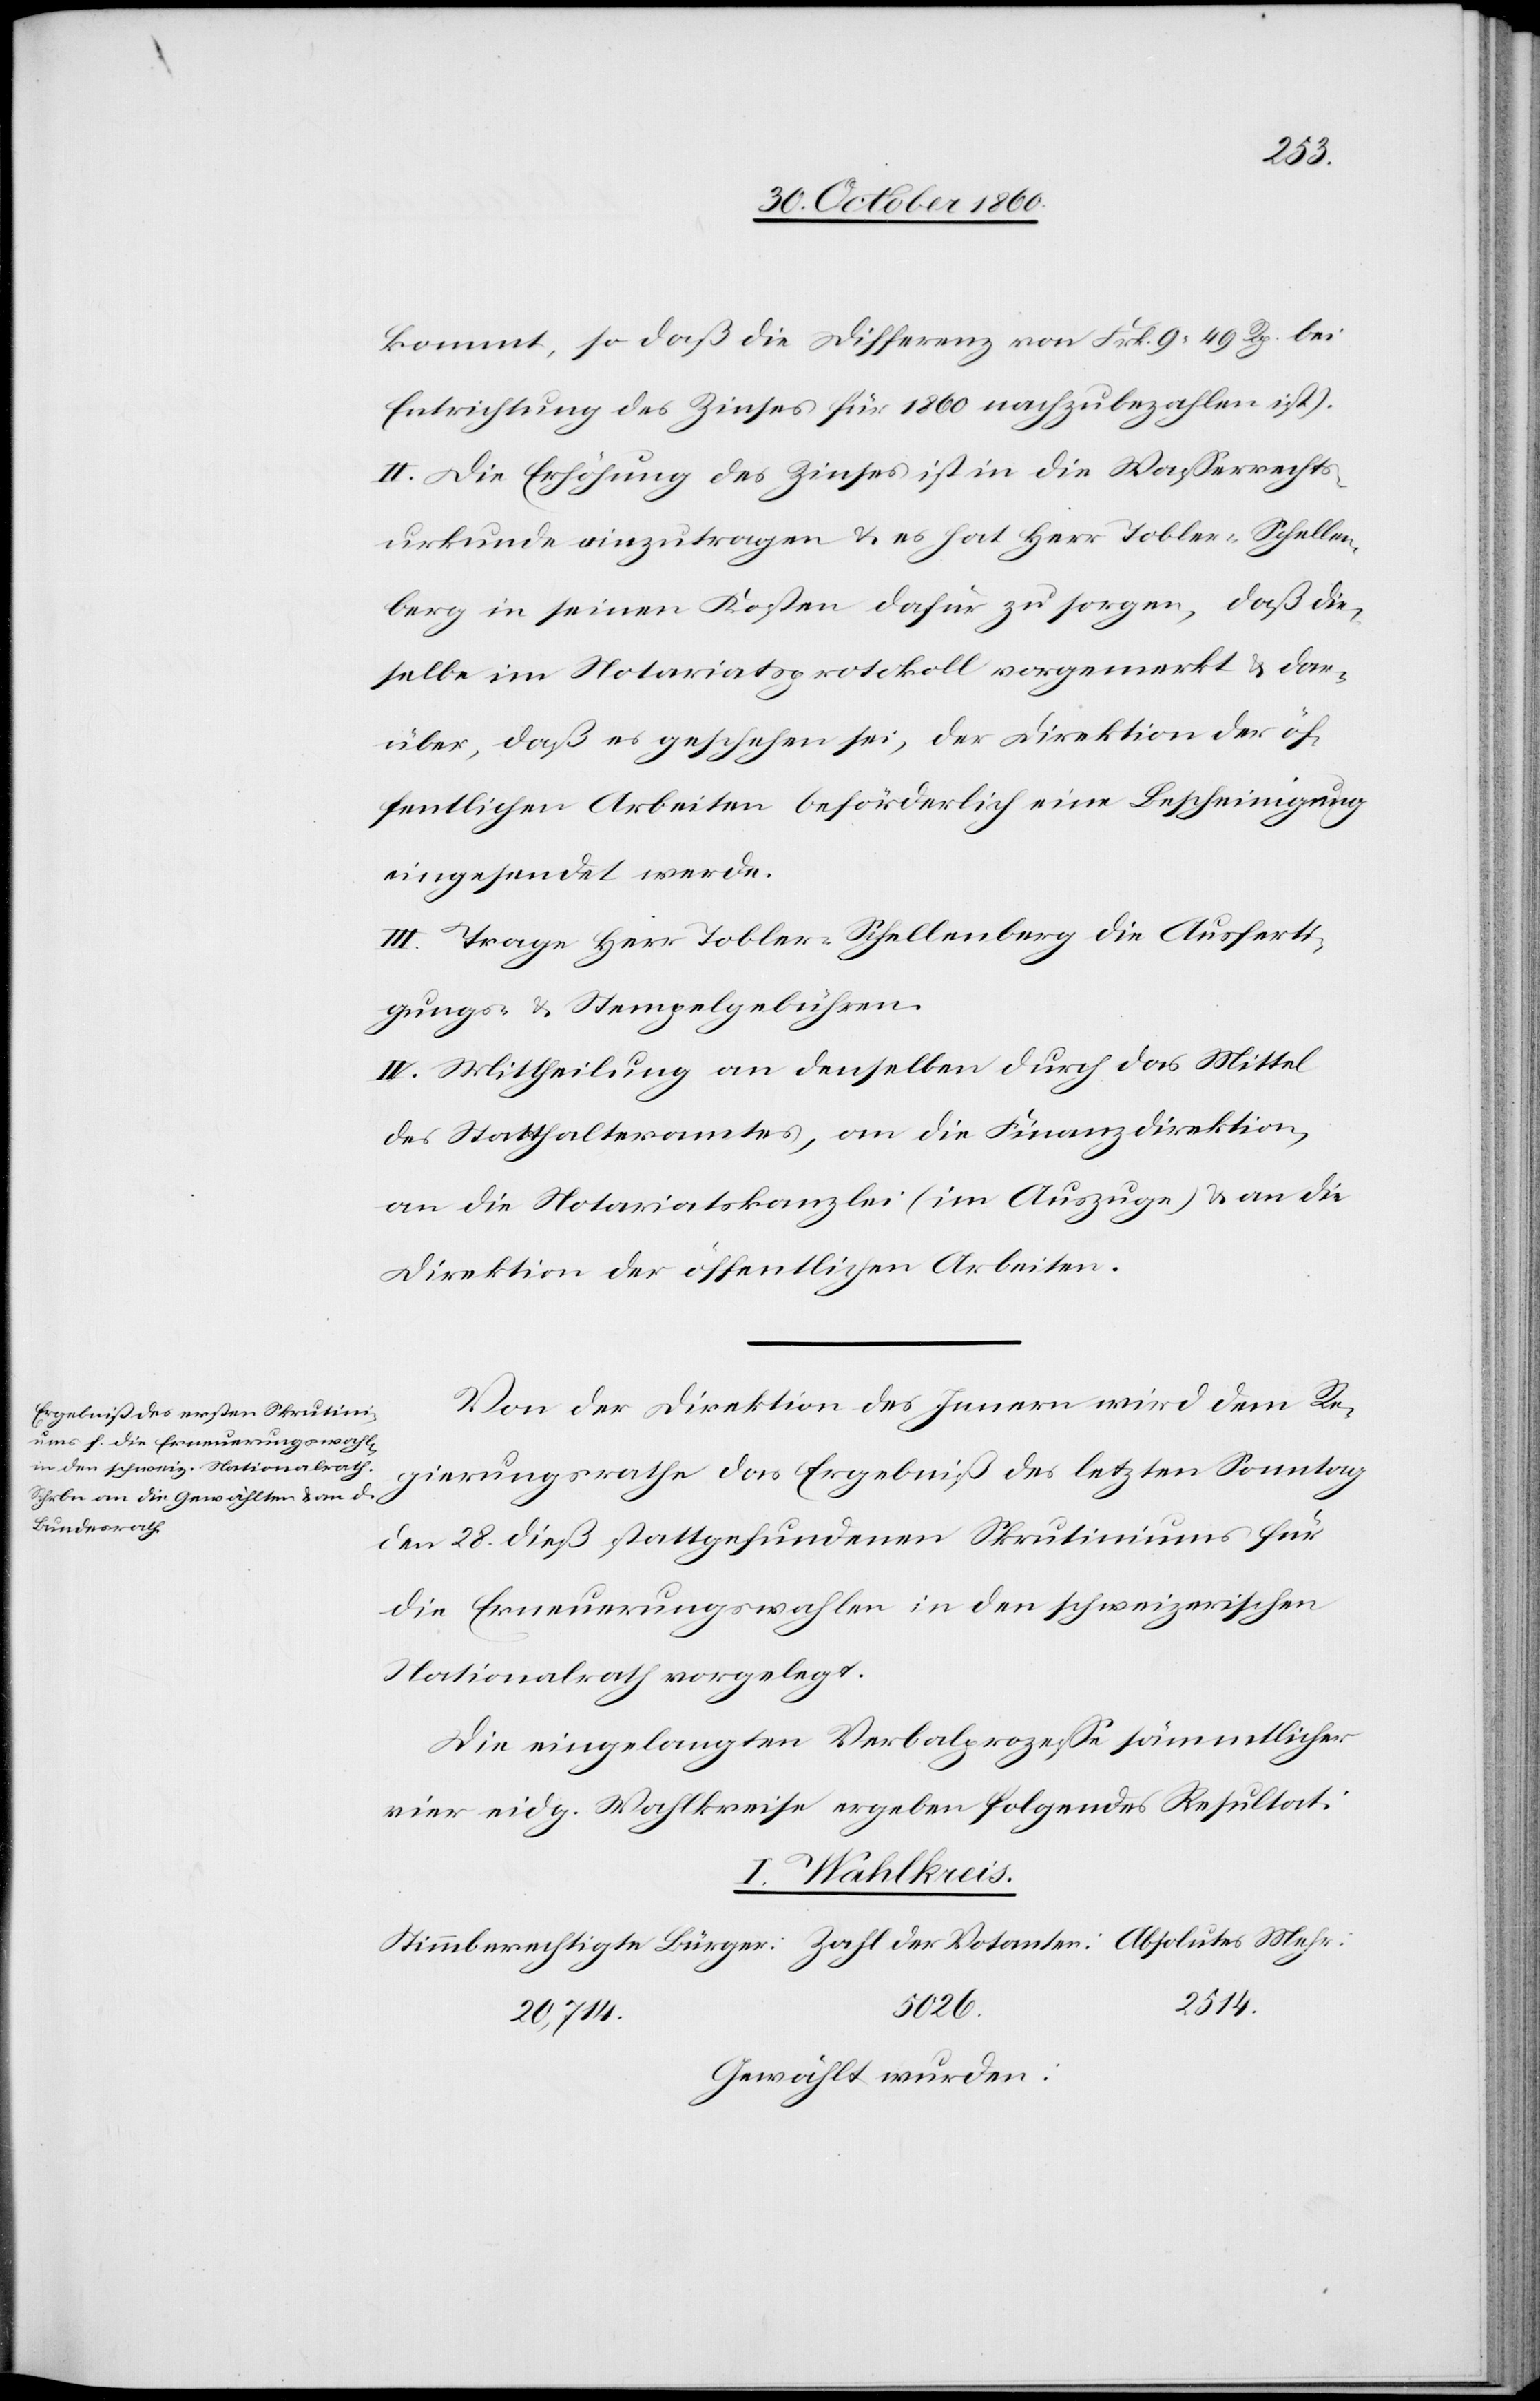
kommt, so daß die Differenz von Frk. 9 49 Rp. bei
Entrichtung des Zinses für 1860 nachzubezahlen ist).
II. Die Erhöhung des Zinses ist in die Wasserrechts¬
urkunde einzutragen u. es hat Herr Tobler-Schellen¬
berg in seinen Kosten dafür zu sorgen, daß die¬
selbe im Notariatsprotokoll vorgemerkt u. dar¬
über, daß es geschehen sei, der Direktion der öf¬
fentlichen Arbeiten beförderlich eine Bescheinigung
eingesendet werde.
III. Trage Herr Tobler-Schellenberg die Ausferti¬
gungs- u. Stempelgebühren.
IV. Mittheilung an denselben durch das Mittel
des Statthalteramtes, an die Finanzdirektion,
an die Notariatskanzlei (im Auszuge) u. an die
Direktion der öffentlichen Arbeiten.
Von der Direktion des Innern wird dem Re¬
gierungsrathe das Ergebniß des letzten Sonntag
den 28. dieß stattgefundenen Skrutiniums für
die Erneuerungswahlen in den schweizerischen
Nationalrath vorgelegt.
Die eingelangten Verbalprozesse sämmtlicher
vier eidg. Wahlkreise ergeben folgendes Resultat:
I. Wahlkreis.
2514.
5026.
Gewählt wurden: